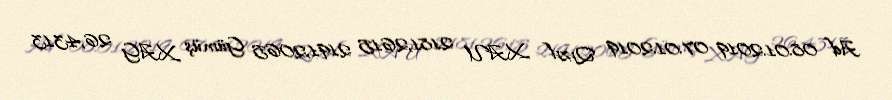
Ad 08.01.2019 07.01.2019 Qızıl XAU 2181,2615 2191,2065 Gümüş XAG 26,4313